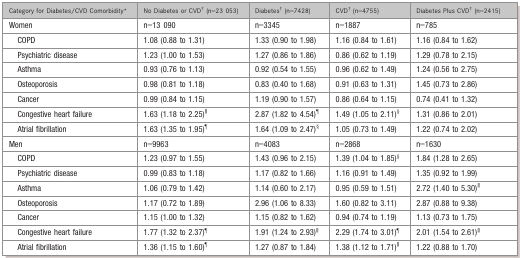
<table><thead><tr><td><b>Category for Diabetes/CVD Comorbidity*</b></td><td><b>No Diabetes or CVD* (n=23 053)</b></td><td><b>Diabetes* (n=7428)</b></td><td><b>CVD* (n=4755)</b></td><td><b>Diabetes Plus CVD* (n=2415)</b></td></tr></thead><tbody><tr><td>Women</td><td>n=13 090</td><td>n=3345</td><td>n=1887</td><td>n=785</td></tr><tr><td>COPD</td><td>1.08 (0.88 to 1.31)</td><td>1.33 (0.90 to 1.98)</td><td>1.16 (0.84 to 1.61)</td><td>1.16 (0.84 to 1.62)</td></tr><tr><td>Psychiatric disease</td><td>1.23 (1.00 to 1.53)</td><td>1.27 (0.86 to 1.86)</td><td>0.86 (0.62 to 1.19)</td><td>1.29 (0.78 to 2.15)</td></tr><tr><td>Asthma</td><td>0.93 (0.76 to 1.13)</td><td>0.92 (0.54 to 1.55)</td><td>0.96 (0.62 to 1.49)</td><td>1.24 (0.56 to 2.75)</td></tr><tr><td>Osteoporosis</td><td>0.98 (0.81 to 1.18)</td><td>0.83 (0.40 to 1.68)</td><td>0.91 (0.63 to 1.31)</td><td>1.45 (0.73 to 2.86)</td></tr><tr><td>Cancer</td><td>0.99 (0.84 to 1.15)</td><td>1.19 (0.90 to 1.57)</td><td>0.86 (0.64 to 1.15)</td><td>0.74 (0.41 to 1.32)</td></tr><tr><td>Congestive heart failure</td><td>1.63 (1.18 to 2.25)*</td><td>2.87 (1.82 to 4.54)*</td><td>1.49 (1.05 to 2.11)*</td><td>1.31 (0.86 to 2.01)</td></tr><tr><td>Atrial fibrillation</td><td>1.63 (1.35 to 1.95)*</td><td>1.64 (1.09 to 2.47)*</td><td>1.05 (0.73 to 1.49)</td><td>1.22 (0.74 to 2.02)</td></tr><tr><td>Men</td><td>n=9963</td><td>n=4083</td><td>n=2868</td><td>n=1630</td></tr><tr><td>COPD</td><td>1.23 (0.97 to 1.55)</td><td>1.43 (0.96 to 2.15)</td><td>1.39 (1.04 to 1.85)*</td><td>1.84 (1.28 to 2.65)</td></tr><tr><td>Psychiatric disease</td><td>0.99 (0.83 to 1.18)</td><td>1.17 (0.82 to 1.66)</td><td>1.16 (0.91 to 1.49)</td><td>1.35 (0.92 to 1.99)</td></tr><tr><td>Asthma</td><td>1.06 (0.79 to 1.42)</td><td>1.14 (0.60 to 2.17)</td><td>0.95 (0.59 to 1.51)</td><td>2.72 (1.40 to 5.30)*</td></tr><tr><td>Osteoporosis</td><td>1.17 (0.72 to 1.89)</td><td>2.96 (1.06 to 8.33)</td><td>1.60 (0.82 to 3.11)</td><td>2.87 (0.88 to 9.38)</td></tr><tr><td>Cancer</td><td>1.15 (1.00 to 1.32)</td><td>1.15 (0.82 to 1.62)</td><td>0.94 (0.74 to 1.19)</td><td>1.13 (0.73 to 1.75)</td></tr><tr><td>Congestive heart failure</td><td>1.77 (1.32 to 2.37)*</td><td>1.91 (1.24 to 2.93)*</td><td>2.29 (1.74 to 3.01)*</td><td>2.01 (1.54 to 2.61)*</td></tr><tr><td>Atrial fibrillation</td><td>1.36 (1.15 to 1.60)*</td><td>1.27 (0.87 to 1.84)</td><td>1.38 (1.12 to 1.71)*</td><td>1.22 (0.88 to 1.70)</td></tr></tbody></table>